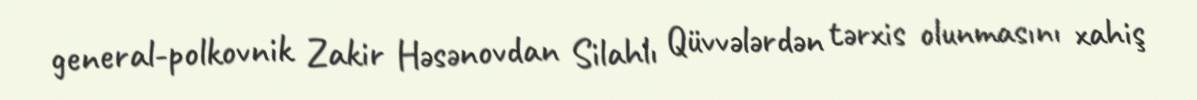
general-polkovnik Zakir Həsənovdan Silahlı Qüvvələrdən tərxis olunmasını xahiş